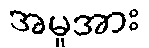
အမှုအား